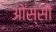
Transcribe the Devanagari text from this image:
ओस्सो